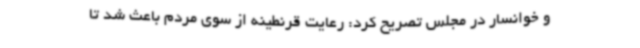
و خوانسار در مجلس تصریح کرد: رعایت قرنطینه از سوی مردم باعث شد تا